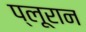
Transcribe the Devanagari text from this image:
प्लूरान